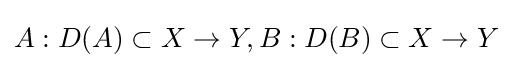
A:D(A)\subset X\to Y,B:D(B)\subset X\to Y